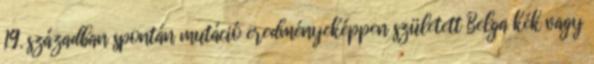
19. században spontán mutáció eredményeképpen született Belga kék vagy